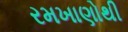
રમખાણોથી